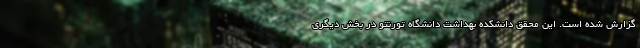
گزارش شده است. این محقق دانشکده بهداشت دانشگاه تورنتو در بخش دیگری